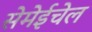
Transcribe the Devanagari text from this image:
सेमेईचेल